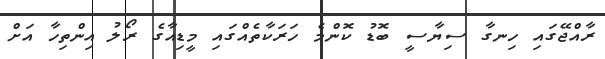
ރާއްޖޭގައި ހިނގާ ސިޔާސީ ބޮޑު ކޮންމެ ހަރަކާތެއްގައި މީޑިއާގެ ރޯލު އިންތިހާ އަށް